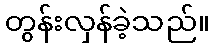
တွန်းလှန်ခဲ့သည်။